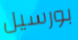
بورسيل